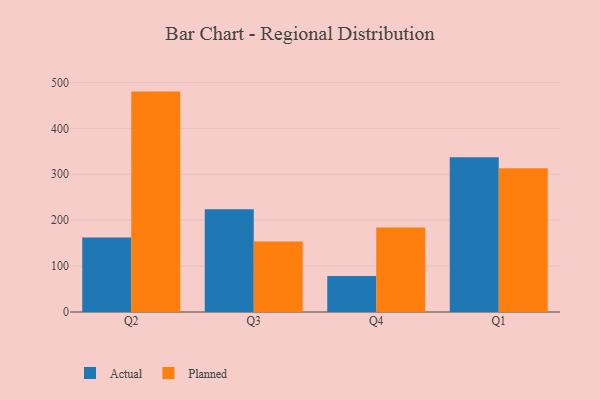
{"axis": {"x": "Quarter", "y": "Population (Million)"}, "legend": ["Actual", "Planned"], "data": [{"x": "Q2", "y": 162.0, "type": "Actual"}, {"x": "Q2", "y": 480.0, "type": "Planned"}, {"x": "Q3", "y": 223.7, "type": "Actual"}, {"x": "Q3", "y": 153.6, "type": "Planned"}, {"x": "Q4", "y": 78.6, "type": "Actual"}, {"x": "Q4", "y": 184.3, "type": "Planned"}, {"x": "Q1", "y": 337.0, "type": "Actual"}, {"x": "Q1", "y": 312.8, "type": "Planned"}]}